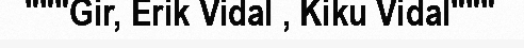
"""Gir, Erik Vidal , Kiku Vidal"""